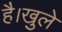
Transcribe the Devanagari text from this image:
है।खुले